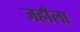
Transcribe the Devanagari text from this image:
जहाँला